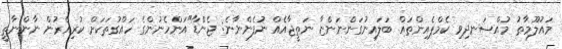
މައުލޫމާތު މުއްސަނދިވި ކެމްޕެއިންތައް ބަލައިނުގަންނަންޏާ ނަތީޖާއެއް ނުފެންނާނެ: ޖެންޑާ"އަންހެނުންގެ ހައްގުތަކަށް ކުރިއެރުން ނާންނާތީ